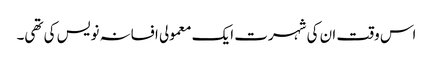
اس وقت ان کی شہرت ایک معمولی افسانہ نویس کی تھی۔